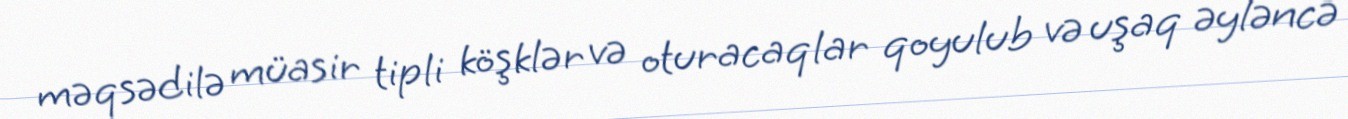
məqsədilə müasir tipli köşklər və oturacaqlar qoyulub və uşaq əyləncə